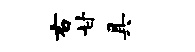
右甘具